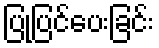
ပြုပြင်ပေးခြင်း